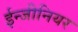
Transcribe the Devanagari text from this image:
ईन्जीनियर